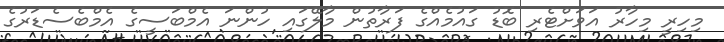
މިހިރީ މިހާރު އަވަށްޓެރި ބޮޑު ގައުމެއްގެ ފަރާތުން މާލޭގައި ހުންނަ އެމްބަސީގެ އެމްބެސެޑަރުގެ